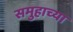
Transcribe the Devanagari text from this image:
समुहाच्या